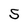
Character: 5